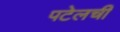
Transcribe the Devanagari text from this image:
पटेलची